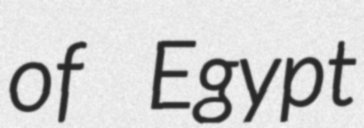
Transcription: of Egypt